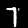
Label: 7